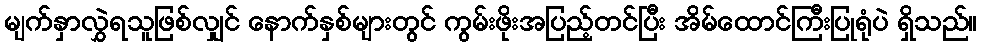
မျက်နှာလွှဲရသူဖြစ်လျှင် နောက်နှစ်များတွင် ကွမ်းဖိုးအပြည့်တင်ပြီး အိမ်ထောင်ကြီးပြုရုံပဲ ရှိသည်။